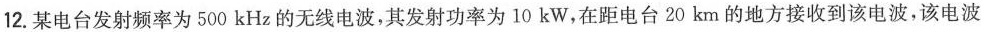
12. 某电台发射频率为500kHz的无线电波，其发射功率为10kW，在距电台20km的地方接收到该电波，该电波